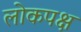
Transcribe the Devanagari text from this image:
लोकपक्ष